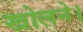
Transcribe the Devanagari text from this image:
खोलने।